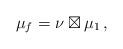
LaTeX: \begin{align*}\mu_f=\nu\boxtimes\mu_1\,,\end{align*}